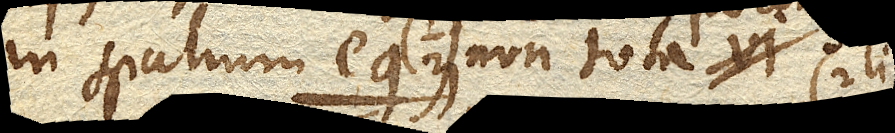
in spatium eg. non tota